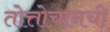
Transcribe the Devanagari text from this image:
तोत्तोचानची